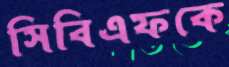
সিবিএফকে